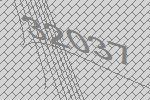
32037